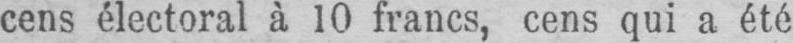
cens électoral à 10 francs, cens qui a été